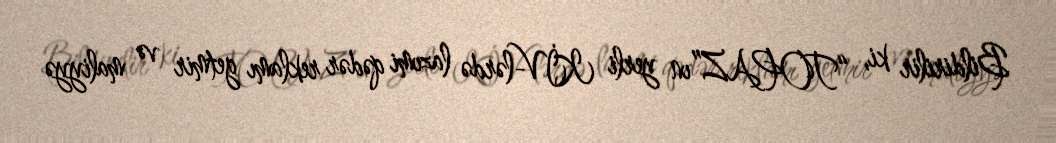
Bildirilir ki, “TOPAZ”ın yerli KİV-lərdə lazımi qədər reklamı getmir və maliyyə